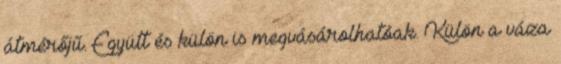
átmérőjű. Együtt és külön is megvásárolhatóak. Külön a váza